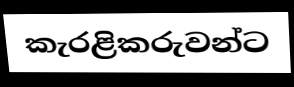
කැරළිකරුවන්ට